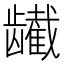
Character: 𬺕